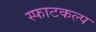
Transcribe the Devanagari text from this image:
स्फाटकल्प